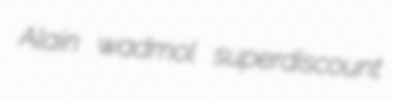
Alain wadmol superdiscount